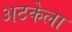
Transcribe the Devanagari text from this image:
अटकेला